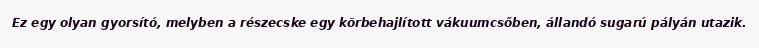
Ez egy olyan gyorsító, melyben a részecske egy körbehajlított vákuumcsőben, állandó sugarú pályán utazik.